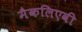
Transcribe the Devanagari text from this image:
मैकलिएवी